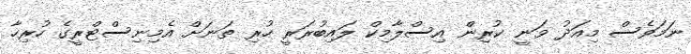
ނަމަވެސް މިއަދު ވަނީ ކުރިން އިސްލާމިކް ލައިބުރަރީ ހުރި ތަނަށް އެމިނިސްޓްރީގެ ހުރިހާ